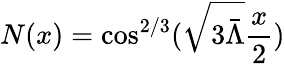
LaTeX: N(x)=\cos^{2/3}(\sqrt{3\bar{\Lambda}}\frac x2)